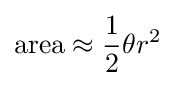
{\text{area}}\approx {\frac {1}{2}}\theta r^{2}